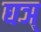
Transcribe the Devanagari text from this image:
घञ्‌